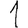
Digit: 1